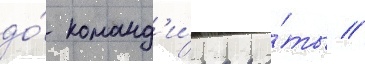
до́ команд'и́ра ро́ты //